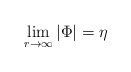
\begin{align*}\lim_{r \rightarrow \infty} |\Phi | =\eta\end{align*}